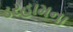
ડરહામના